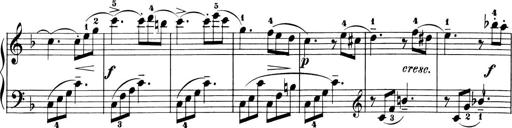
Title: 6 Piano Sonatinas
Composer: Cornelius Gurlitt